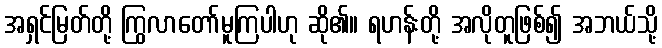
အရှင်မြတ်တို့ ကြွလာတော်မူကြပါဟု ဆို၏။ ရဟန်းတို့ အလိုတူဖြစ်၍ အဘယ်သို့